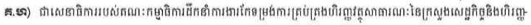
គ.ហ) ជាសេនាធិការរបស់គណៈកម្មាធិការដឹកនាំការងារកែទម្រង់ការគ្រប់គ្រងហិរញ្ញវត្ថុសាធារណៈនៃក្រសួងសេដ្ឋកិច្ចនិងហិរញ្ញ-